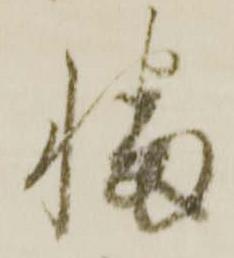
幡